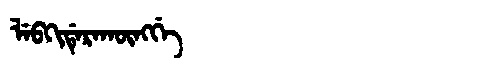
Manchu: ᠯᡝᠪᡴᡳᡩᡝᡵᠠᡴᡡᠩᡤᡝ
Romanization: LEBKIDERAKŪNGGE